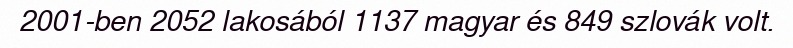
2001-ben 2052 lakosából 1137 magyar és 849 szlovák volt.